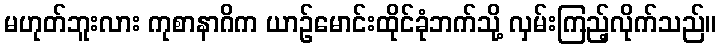
မဟုတ်ဘူးလား ကုစာနာဂိက ယာဉ်မောင်းထိုင်ခုံဘက်သို့ လှမ်းကြည့်လိုက်သည်။